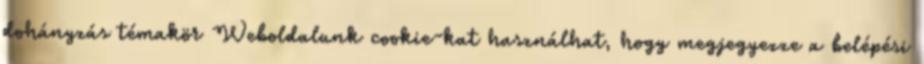
dohányzás témakör Weboldalunk cookie-kat használhat, hogy megjegyezze a belépési